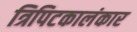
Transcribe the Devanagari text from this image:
त्रिपिटकालंकार